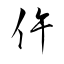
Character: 仵